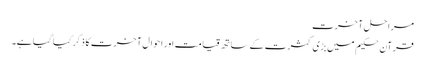
مراحلِ آخرت
قرآن حکیم میں بڑی کثرت کے ساتھ قیامت اور اَحوال آخرت کا ذکر کیا گیا ہے۔